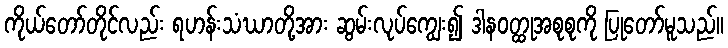
ကိုယ်တော်တိုင်လည်း ရဟန်းသံဃာတို့အား ဆွမ်းလုပ်ကျွေး၍ ဒါနဝတ္ထုအစုစုကို ပြုတော်မူသည်။